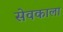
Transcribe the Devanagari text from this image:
सेवकाला